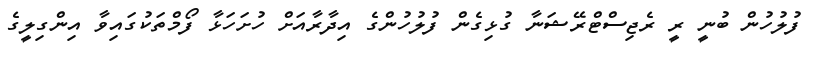
ފުލުހުން ބުނީ ރީ ރެޖިސްޓްރޭޝަނާ ގުޅިގެން ފުލުހުންގެ އިދާރާއަށް ހުށަހަޅާ ފޯމްތަކުގައިވާ އިންގިލީގެ